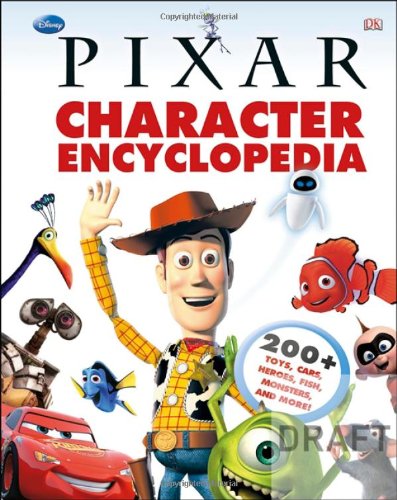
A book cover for Disney Pixar Character Encyclopedia; DK Publishing; Humor & Entertainment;